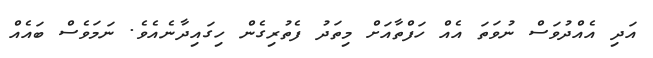
އަދި އެއްދުވަސް ނުވަތަ އެއް ހަފްތާއަށް މިތަދު ފެތުރިގެން ހިގައިދާނެއެވެ. ނަމަވެސް ބައެއް